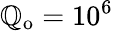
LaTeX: \mathbb{Q}_{\mathrm{{o}}}=10^{6}